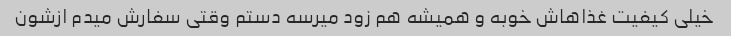
خیلی کیفیت غذاهاش خوبه و همیشه هم زود میرسه دستم وقتی سفارش میدم ازشون